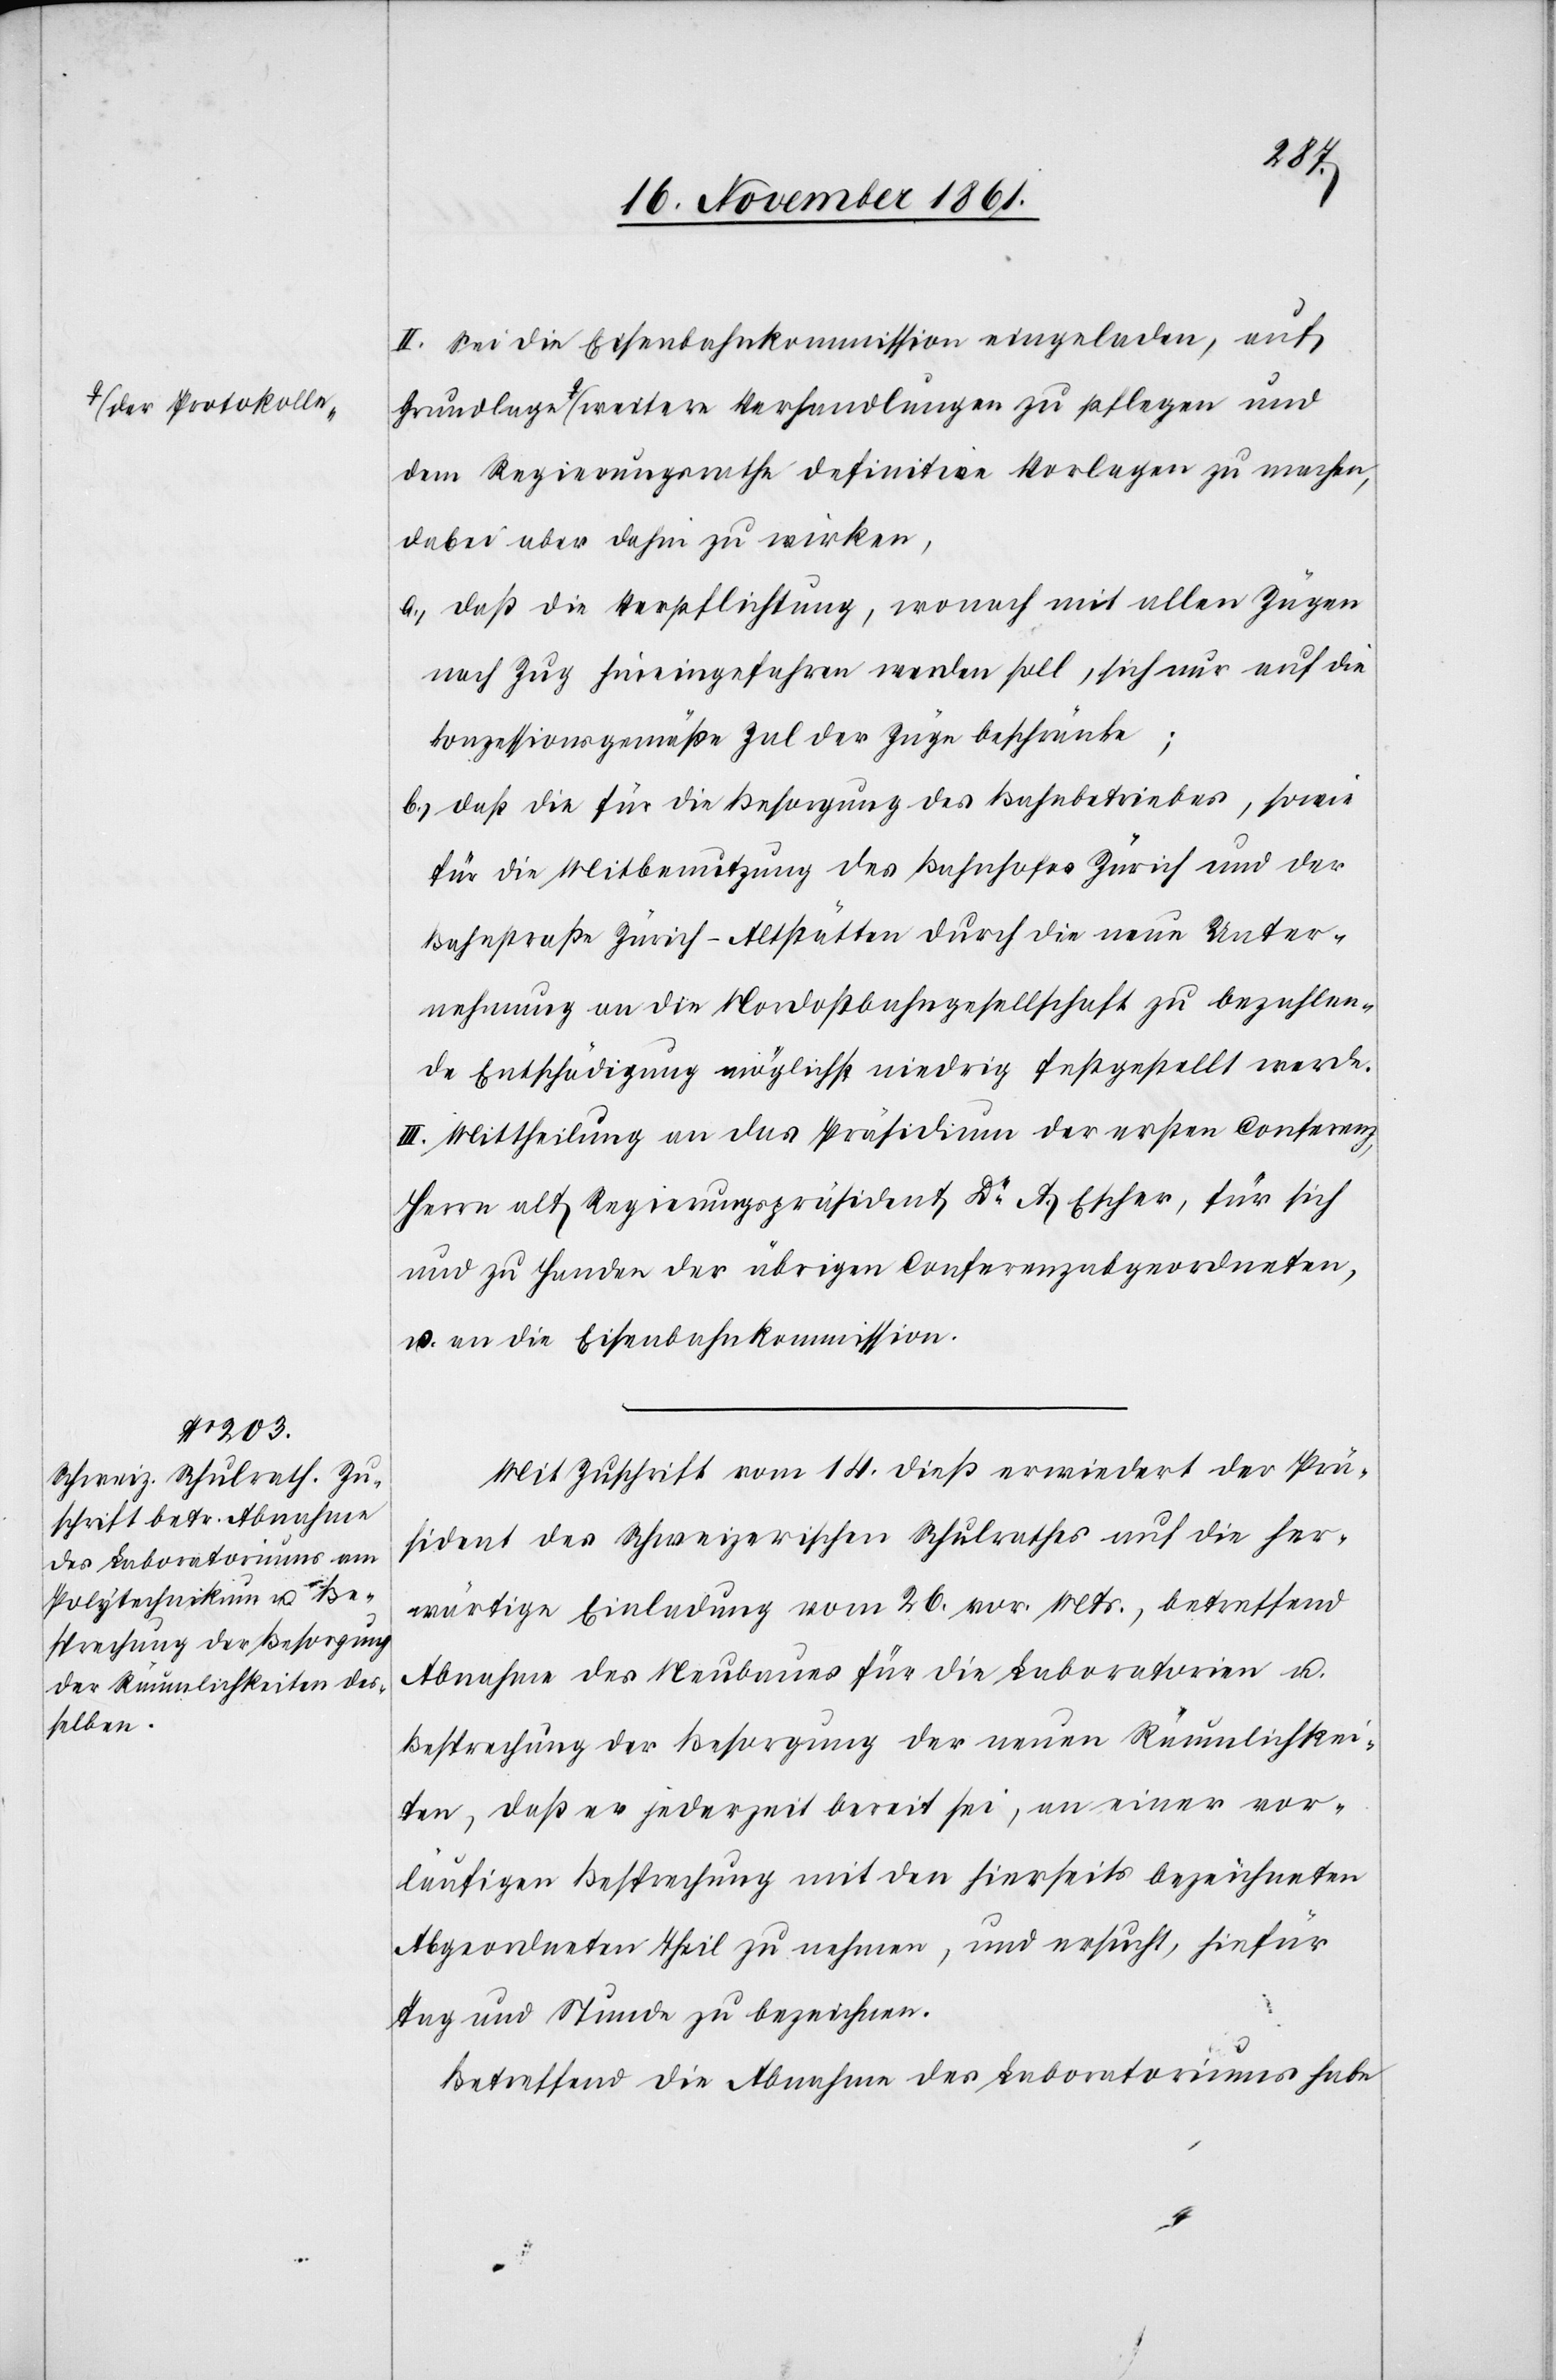
a-der Protokolle-a

II. Sei die Eisenbahnkommission eingeladen, auf
dem Regierungsrathe definitive Vorlagen zu machen,
dabei aber dahin zu wirken,
a.) daß die Verpflichtung, wonach mit allen Zügen
nach Zug hineingefahren werden soll, sich nur auf die
konzessionsgemäße Zal der Züge beschränke;
b.) daß die für die Besorgung des Bahnbetriebes, sowie
für die Mitbenutzung des Bahnhofes Zürich und der
Bahnstraße Zürich-Altstätten durch die neue Unter¬
nehmung an die Nordostbahngesellschaft zu bezahlen¬
de Entschädigung möglichst niedrig festgestellt werde.
III. Mittheilung an das Präsidium der ersten Conferenz,
Herrn alt Regierungspräsident Dr A. Escher, für sich
und zu Handen der übrigen Conferenzalabgeordneten,
u. an die Eisenbahnkommission.
Mit Zuschrift vom 14 dieß erwiedert der Prä¬
sident des Schweizerischen Schulraths auf die her¬
wärtige Einladung vom 26 vor. Mts., betreffend
Abnahme des Neubaues für die Laboratorien u.
Besprechung der Besorgung der neuen Räumlichkei¬
ten, daß er jederzeit bereit sei, an einer vor¬
läufigen Besprechung mit den hierseits bezeichneten
Abgeordneten Theil zu nehmen, und ersucht, hiefür
Tag und Stunde zu bezeichnen.
Betreffend die Abnahme des Laboratoriums habe